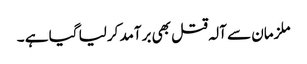
ملزمان سے آلہ قتل بھی برآمد کرلیا گیا ہے ۔